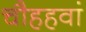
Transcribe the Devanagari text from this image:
चौहहवां